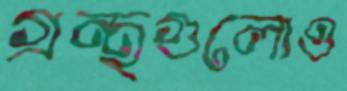
গ্রন্থগুলোও